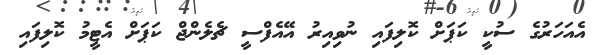
އެއަހަރުގެ ސުކީ ކަޕަށް ކޮލިފައި ނުވިއިރު އޭއެފްސީ ޗެލެންޖް ކަޕަށް އެޓީމު ކޮލިފައި